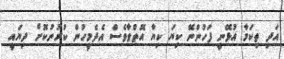
އަދި ތިކަމާ އުޅޭނީ ފަހުންނޭ ކިޔަ ކިޔާ އޮތްވާވެސް އެދެމީހުން ކުރުނުކޮށް ދިޔައީ